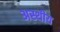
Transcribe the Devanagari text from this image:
अस्थीय